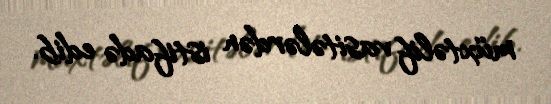
müxtəlif vasitələrdən istifadə edib.